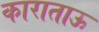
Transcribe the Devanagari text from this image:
काराताऊ